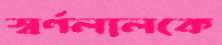
স্বর্ণলালকে